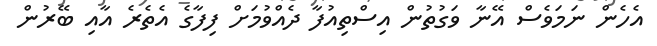
އެހެން ނަމަވެސް އޭނާ ވަގުތުން އިސްތިއުފާ ދެއްވުމަށް ފިފާގެ އެތެރެ އާއި ބޭރުން